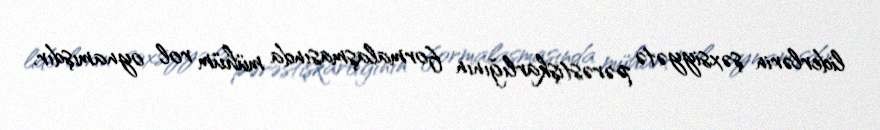
liderlərin şəxsiyyətə pərəstişkarlığının formalaşmasında mühüm rol oynamışdır.